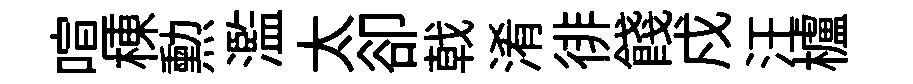
喧棟勲濫太卻戟淆徘餞戍汪櫨